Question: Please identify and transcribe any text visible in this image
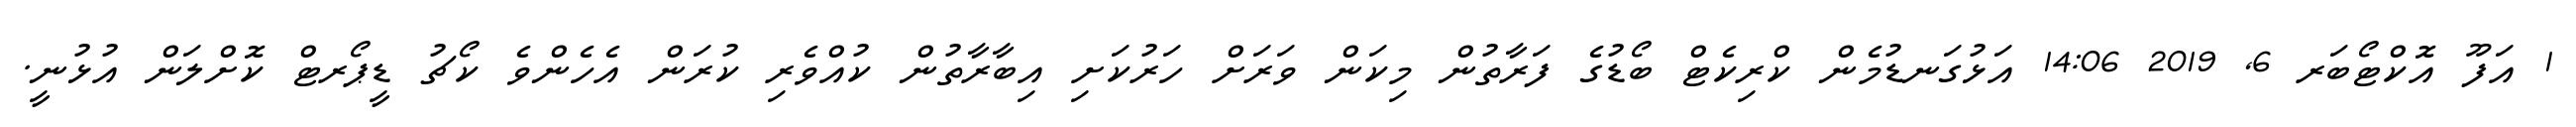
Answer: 1 އަފޫ އޮކްޓޯބަރ 6, 2019 14:06 އަޅުގަނޑުމެން ކްރިކެޓް ބޯޑުގެ ފަރާތުން މިކަން ވަރަށް ހަރުކަށި އިބާރާތުން ކުއްވެރި ކުރަން އެހެންވެ ކޯޗު ޑީޕޯރޓް ކޮށްލަން އުޅުނީ.